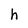
Character: h